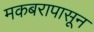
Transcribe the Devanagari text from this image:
मकबरापासून